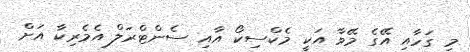
މި ގަހާއި އޭގެ މޭވާ އަކީ މެކްސިކޯ އާއި ސެންޓްރަލް އެމެރިކާ އަށް